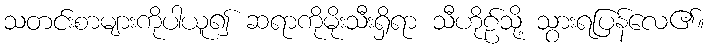
သတင်းစာများကိုပါယူ၍ ဆရာကိုမိုးသီးရှိရာ သီဟိုဠ်သို့ သွားရပြန်လေ၏။